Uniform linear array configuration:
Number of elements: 16
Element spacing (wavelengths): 1
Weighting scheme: hann
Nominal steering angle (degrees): -45
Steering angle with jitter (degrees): -44.993
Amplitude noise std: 0.05
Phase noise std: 0.05

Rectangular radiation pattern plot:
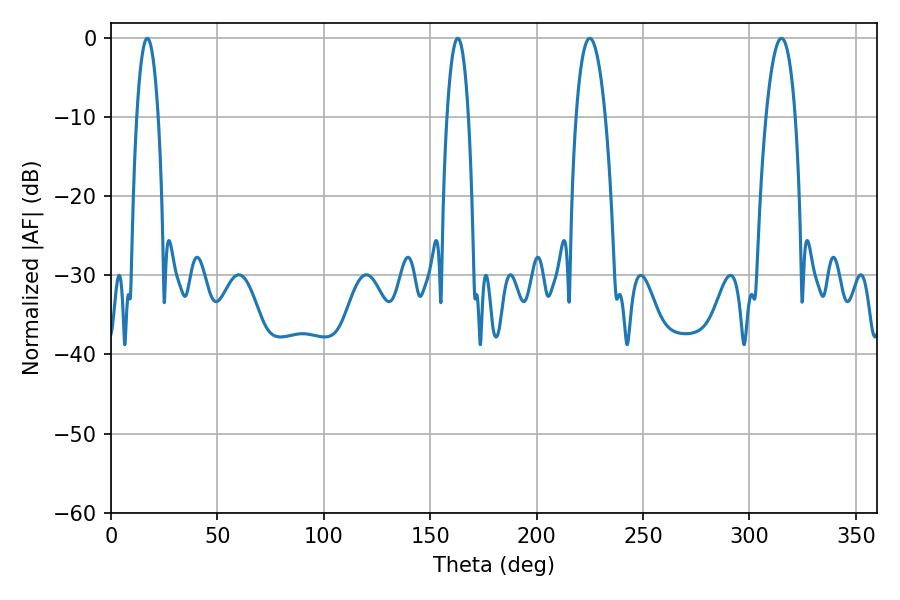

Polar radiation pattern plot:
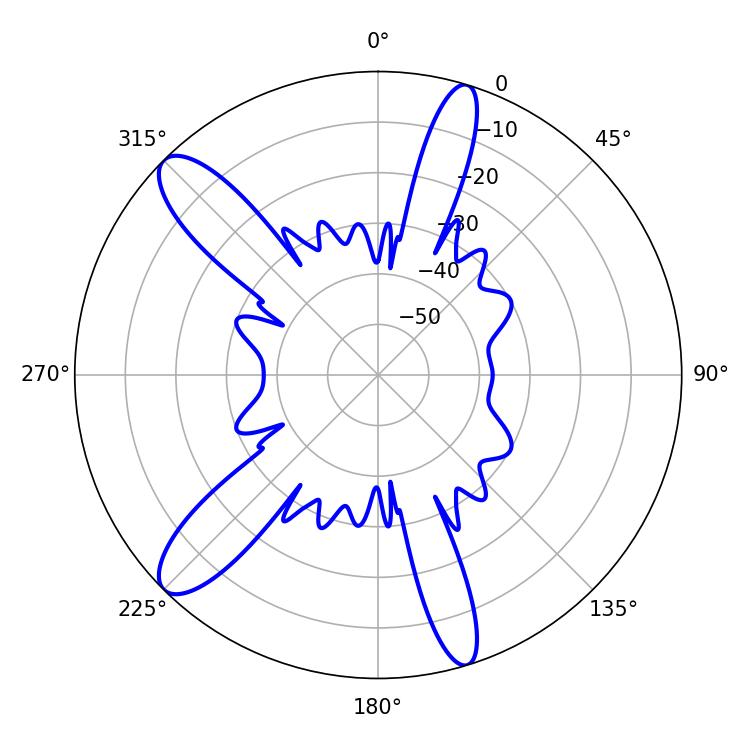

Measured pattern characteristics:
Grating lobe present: TRUE
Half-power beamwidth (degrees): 7.74
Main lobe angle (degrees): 225